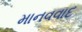
માનવવાદ